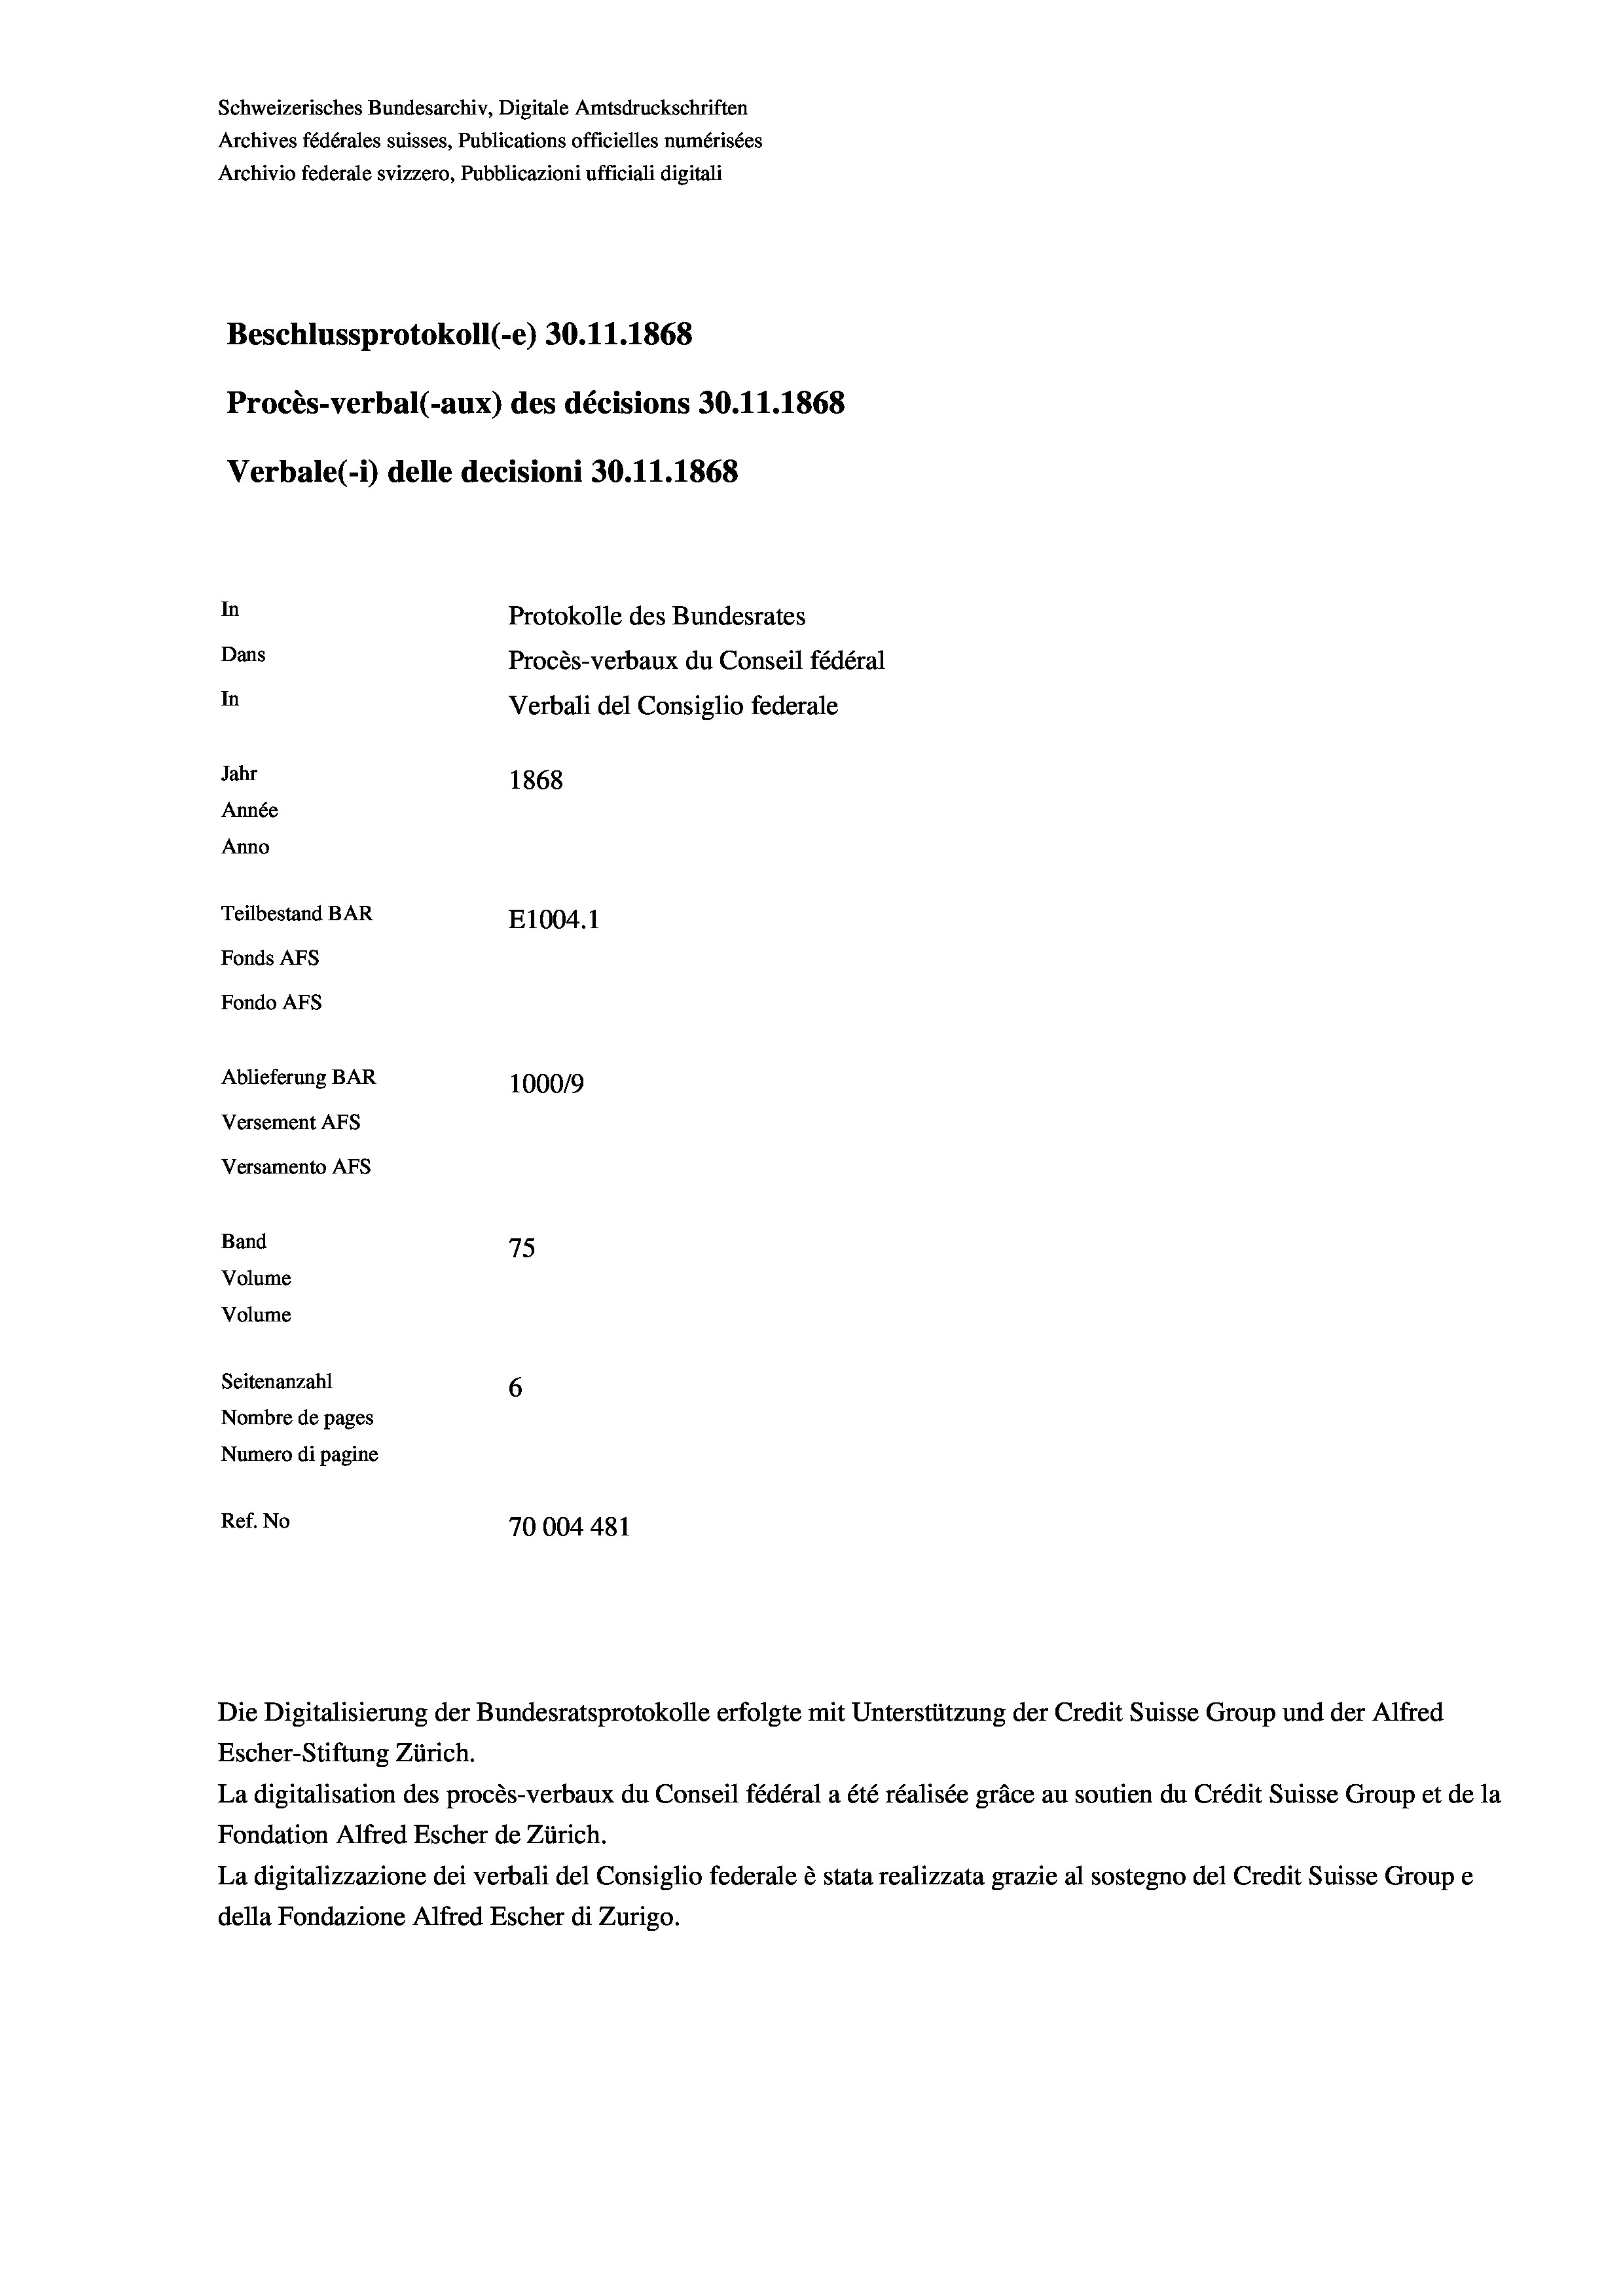
Schweizerisches Bundesarchiv, Digitale Amtsdruckschriften
Archives fédérales suisses, Publications officielles numérisées
Archivio federale svizzero, Pubblicazioni ufficiali digitali
Beschlussprotokoll (-e) 30.11.1868
Procès-verbal (-aux) des décisions 30.11.1868
Verbale (1) delle decisioni 30.11.1868
In
Protokolle des Bundesrates
Dans
Procès-verbaux du Conseil fédéral
In
Verbali del Consiglio federale
Jahr
1868
Année
Anno
Teilbestand BAR
E1004.1
Fonds Afs
Fondo AFs
Ablieferung BAR
1000/9
Versement AFS
Versamento Afs
Band
75

Seitenanzahl
6
Nombre de pages
Numero di pagine
Ref. No
70004 481

Volume
Volume

Die Digitalisierung der Bundesratsprotokolle erfolgte mit Unterstützung der Credit Suisse Group und der Alfred
Escher-Stiftung Zürich.
La digitalisation des procès-verbaux du Conseil fédéral a été réalisée gräce au soutien du Crédit Suisse Group et de la
Fondation Alfred Escher de Zürich.
La digitalizzazione dei verbali del Consiglio federale è stata realizzata grazie al sostegno del Credit Suisse Groupe
della Fondazione Alfred Escher di Zurigo.